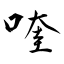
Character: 喹